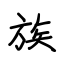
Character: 族